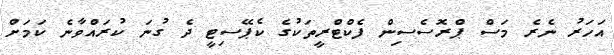
އަހަރު ނެރެ މަސް ޕްރޮސެސިން ފެކްޓްރީތަކުގެ ކެޕޭސިޓީ ދެ ގުނަ ކުރައްވާނެ ކަމަށް